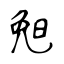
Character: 𣆶